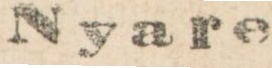
Nyare